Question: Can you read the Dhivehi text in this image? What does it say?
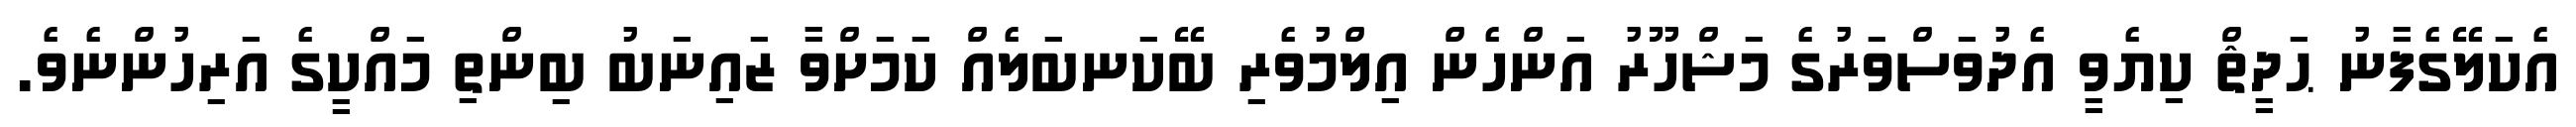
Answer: އެކަލޭގެފާނު ޙަދީޘް ކިޔެވީ އެދުވަސްވަރުގެ މަޝްހޫރު އަންހެން އިލްމުވެރި ބޭކަނބަލެއް ކަމަށްވާ ޒައިނަބު ބިންތި މައްކީގެ އަރިހުންނެވެ.